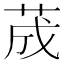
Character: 荿